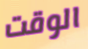
الوقت